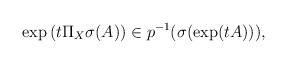
\begin{align*}\exp\left(t\Pi_X\sigma(A)\right)\in p^{-1}(\sigma(\exp(tA))),\end{align*}